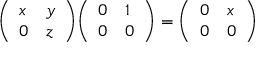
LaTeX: { \left( \begin{array} { l l } { x } & { y } \\ { 0 } & { z } \end{array} \right) } { \left( \begin{array} { l l } { 0 } & { 1 } \\ { 0 } & { 0 } \end{array} \right) } = { \left( \begin{array} { l l } { 0 } & { x } \\ { 0 } & { 0 } \end{array} \right) }